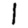
Digit: 1